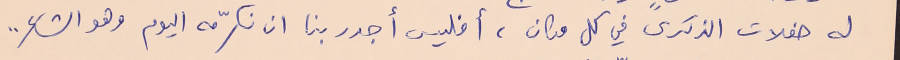
له حفلات الذكرى في كل مكان، أفليس أجدر بنا ان نكرّمه اليوم وهو الشاعر ..